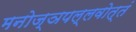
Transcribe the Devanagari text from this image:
मनोज्ञपल्लवोत्तं